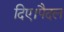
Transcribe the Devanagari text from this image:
दिए।पैदल